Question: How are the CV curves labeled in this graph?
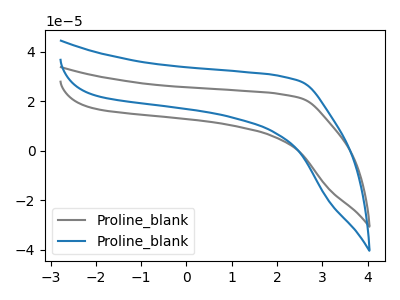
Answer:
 <answer>The gray curve is labeled "Proline_blank1". The blue curve is labeled "Proline_blank2".</answer>
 <eval></eval>